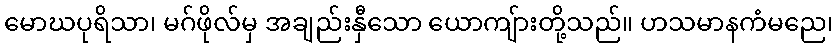
မောဃပုရိသာ၊ မဂ်ဖိုလ်မှ အချည်းနှီသော ယောကျ်ားတို့သည်။ ဟသမာနကံမညေ၊